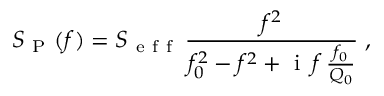
S _ { \mathrm { ~ P ~ } } ( f ) = S _ { \mathrm { ~ e ~ f ~ f ~ } } \, \frac { f ^ { 2 } } { f _ { 0 } ^ { 2 } - f ^ { 2 } + \mathrm { ~ i ~ } \, f \, \frac { f _ { 0 } } { Q _ { 0 } } } \; ,